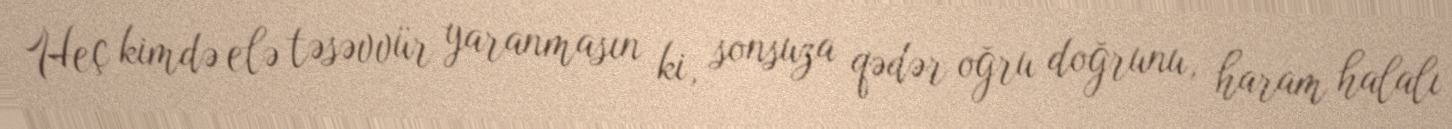
Heç kimdə elə təsəvvür yaranmasın ki, sonsuza qədər oğru doğrunu, haram halalı